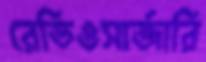
রেডিওসার্জারি